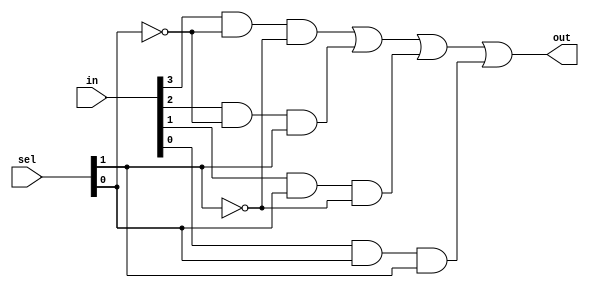
`timescale 1ns/1ps

module mux4x1_gate(in, out, sel);
	input [0:3] in;
	input [0:1] sel;
	output out;
	wire a1, a2, a3, a4, n1, n2;
	
	not (n1, sel[1]);
	not (n2, sel[0]);
	
	and (a1, in[0], n1, n2);
	and (a2, in[1], n1, sel[0]);
	and (a3, in[2], sel[1], n2);
	and (a4, in[3], sel[1], sel[0]);
	
	or (out, a1, a2, a3, a4);
endmodule